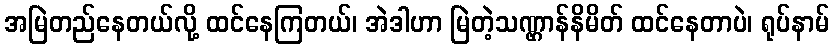
အမြဲတည်နေတယ်လို့ ထင်နေကြတယ်၊ အဲဒါဟာ မြဲတဲ့သဏ္ဌာန်နိမိတ် ထင်နေတာပဲ၊ ရုပ်နာမ်